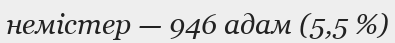
немістер — 946 адам (5,5 %)